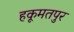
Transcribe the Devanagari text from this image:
हकूमतपुर